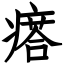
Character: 瘩